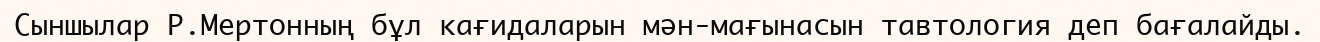
Сыншылар Р.Мертонның бұл кағидаларын мән-мағынасын тавтология деп бағалайды.